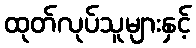
ထုတ်လုပ်သူများနှင့်